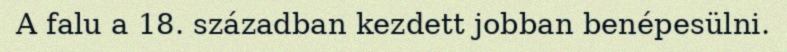
A falu a 18. században kezdett jobban benépesülni.